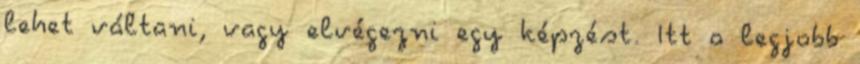
lehet váltani, vagy elvégezni egy képzést. Itt a legjobb